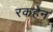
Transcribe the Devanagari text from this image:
रकहेन